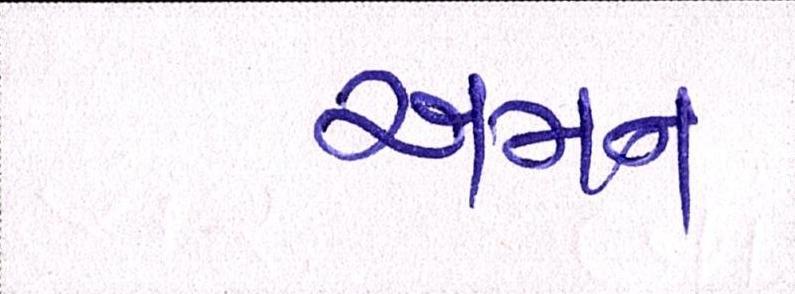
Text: અમન